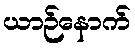
ယာဉ်နောက်